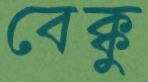
বেক্কু